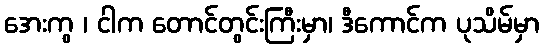
အေးကွ ၊ ငါက တောင်တွင်းကြီးမှာ၊ ဒီကောင်က ပုသိမ်မှာ